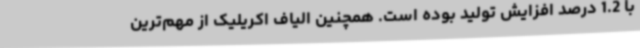
با 1.2 درصد افزایش تولید بوده است. همچنین الیاف اکریلیک از مهم‌ترین